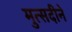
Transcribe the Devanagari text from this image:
मुत्सदीने